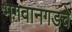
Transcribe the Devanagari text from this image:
भगवानगडचे